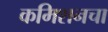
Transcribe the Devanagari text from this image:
कमिशनचा